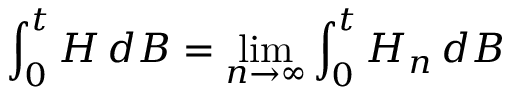
\int _ { 0 } ^ { t } H \, d B = \operatorname* { l i m } _ { n \to \infty } \int _ { 0 } ^ { t } H _ { n } \, d B